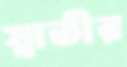
স্বাতীর